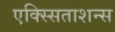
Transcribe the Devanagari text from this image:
एक्स्सिताशन्स